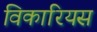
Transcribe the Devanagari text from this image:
विकारियस